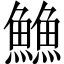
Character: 䲆